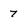
Character: 7